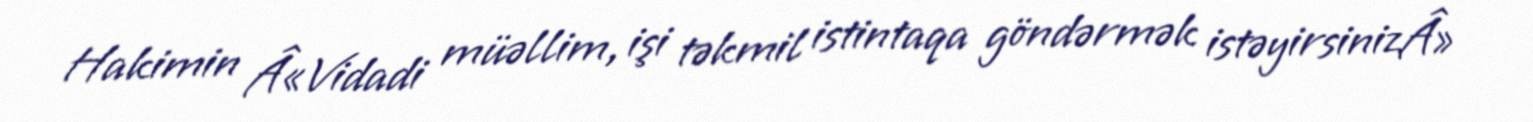
Hakimin Â«Vidadi müəllim, işi təkmil istintaqa göndərmək istəyirsinizÂ»